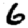
Digit: 6